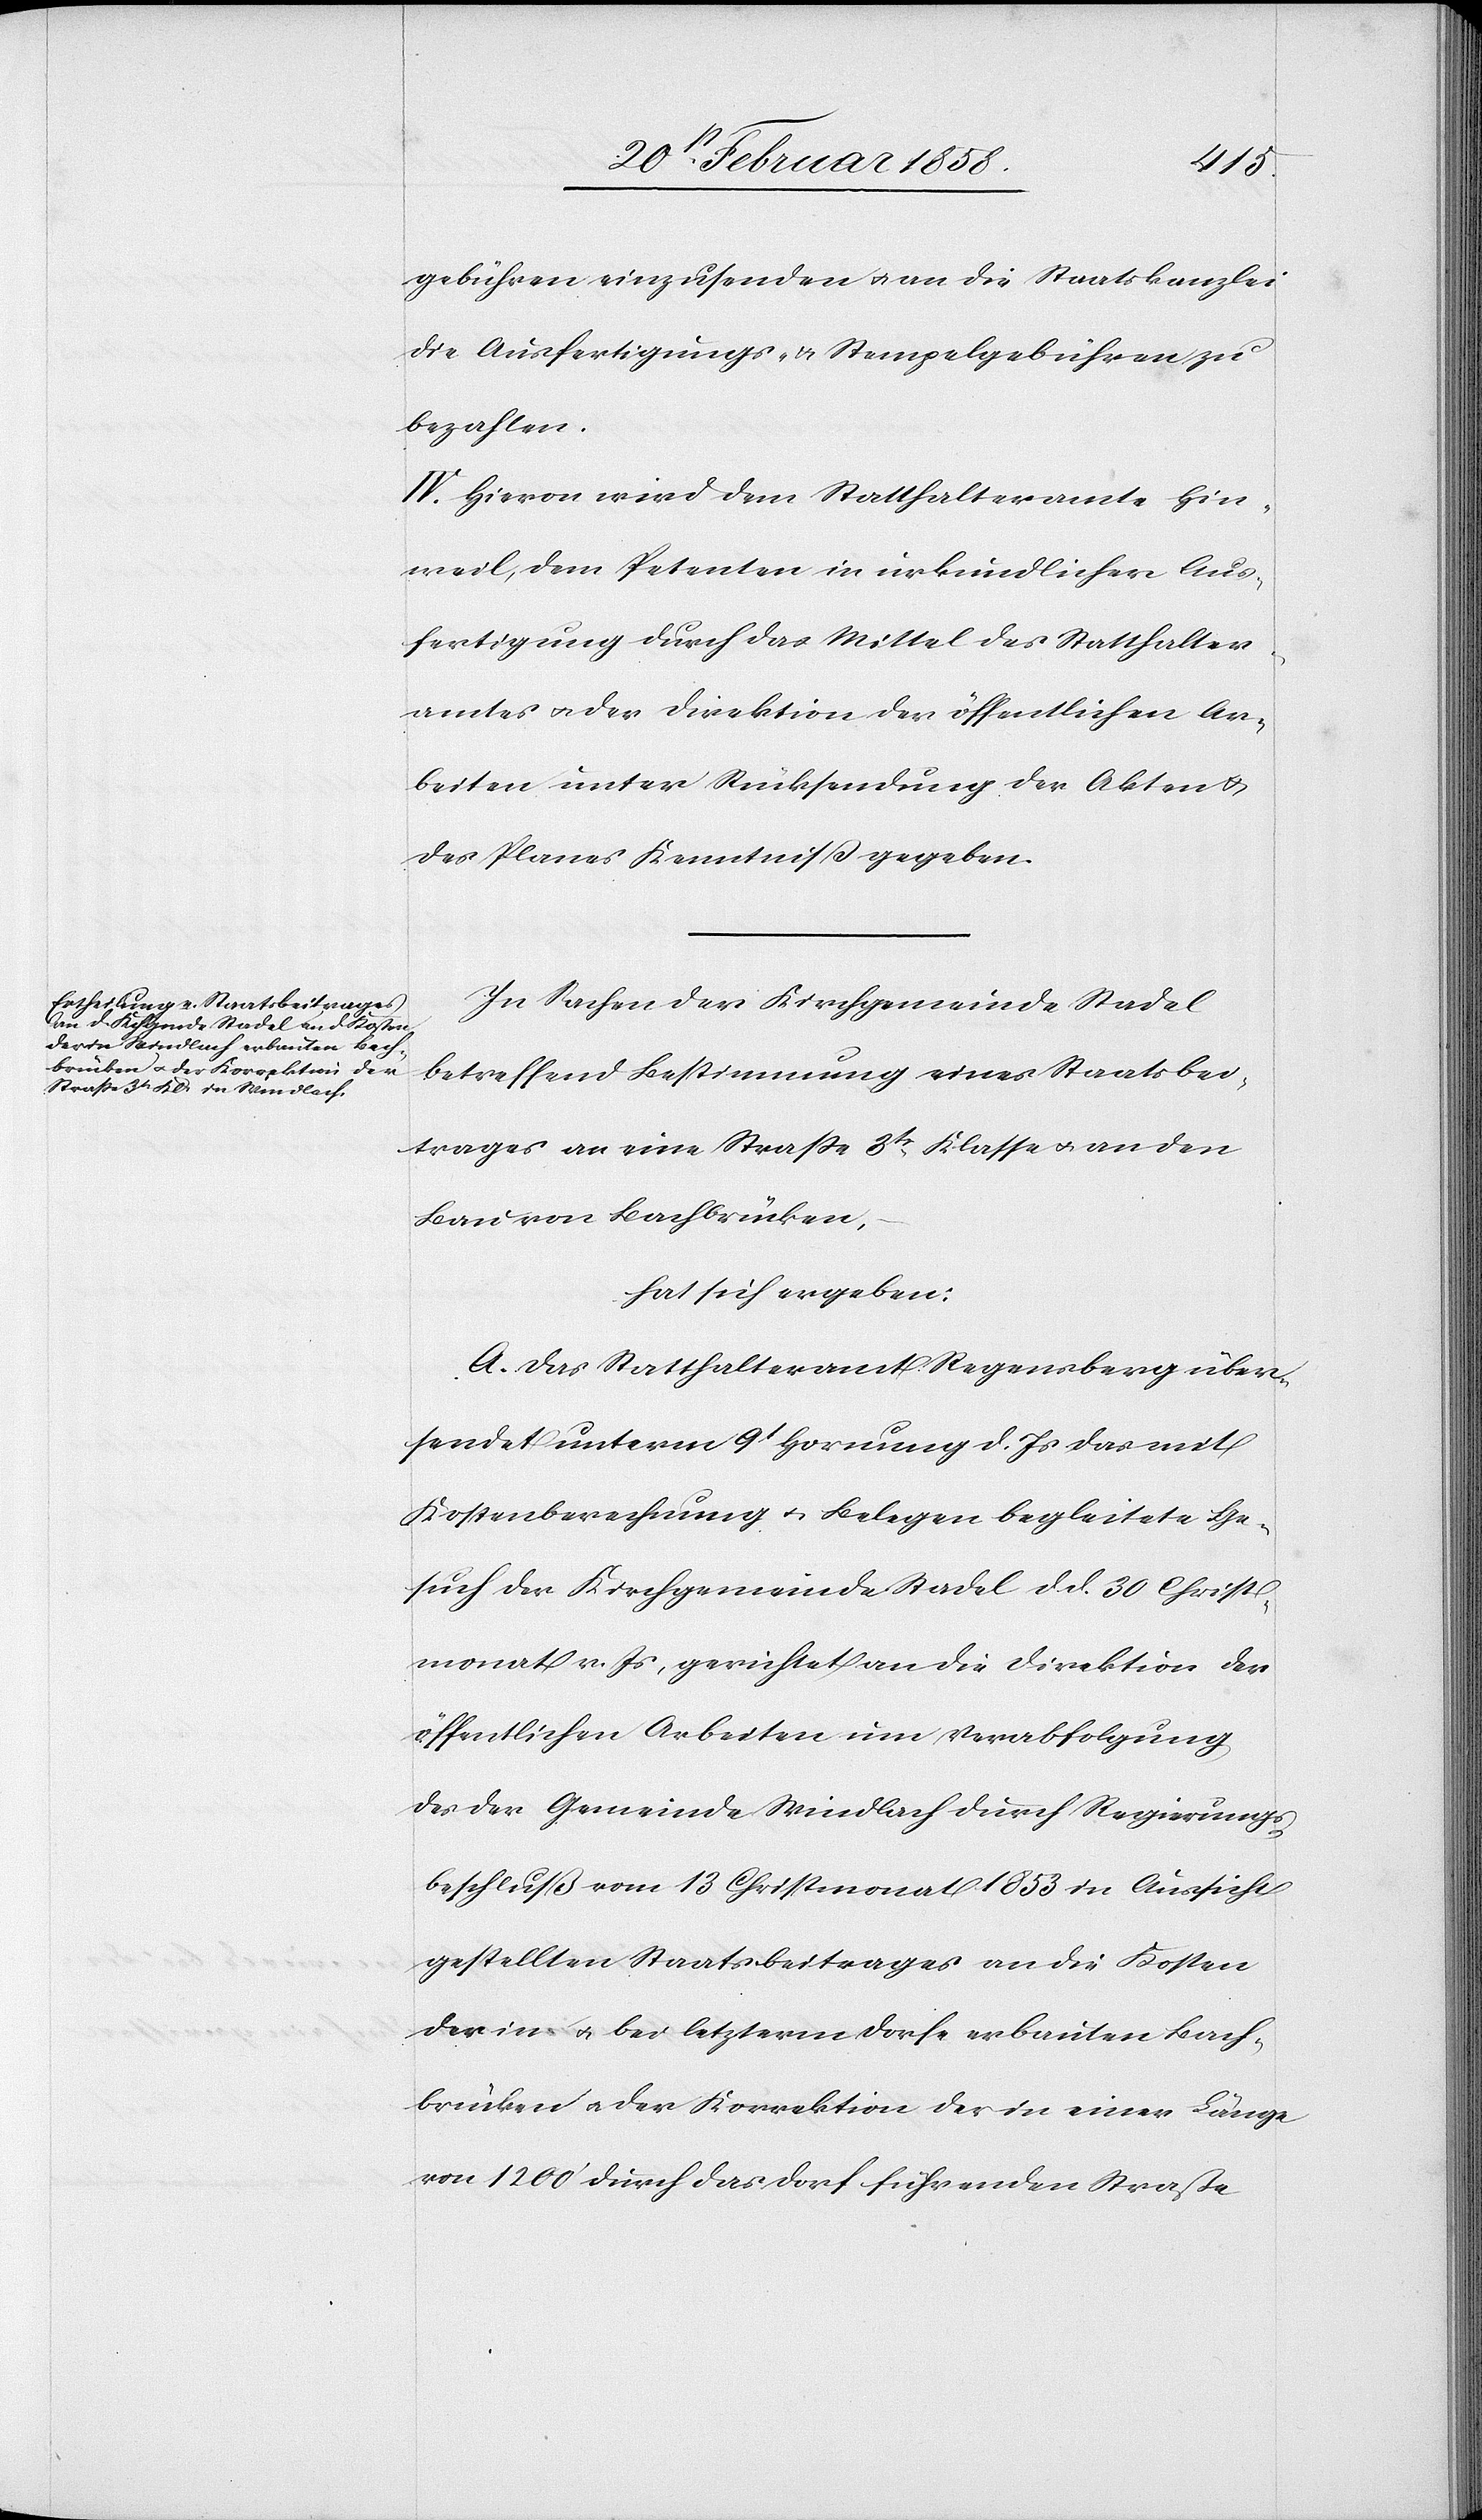
gebühren einzusenden u. an die Staatskanzlei
die Ausfertigungs- u. Stempelgebühren zu
bezahlen.
IV. Hievon wird dem Statthalteramte Hin¬
weil, dem Petenten in urkundlicher Aus¬
fertigung durch das Mittel des Statthalter¬
amtes u. der Direktion der öffentlichen Ar¬
beiten unter Rücksendung der Akten u.
des Planes Kenntniß gegeben.
In Sachen der Kirchgemeinde Stadel
betreffend Bestimmung eines Staatsbei¬
trages an eine Straße 3tr Klasse u. an den
Bau von Bachbrücken,
hat sich ergeben:
A. Das Statthalteramt Regensberg über¬
sendet unterm 9t Hornung d. Js das mit
Kostenberechnung u. Belegen begleitete Ge¬
such der Kirchgemeinde Stadel d. d. 30 Christ¬
monat v. Js, gerichtet an die Direktion der
öffentlichen Arbeiten um Verabfolgung
des der Gemeinde Windlach durch Regierungs¬
beschluß vom 13 Christmonat 1853 in Aussicht
gestellten Staatsbeitrages an die Kosten
der in u. bei letzterm Dorfe erbauten Bach¬
brücken u. der Korrektion der in einer Länge
von 1200’ durch das Dorf führenden Straße